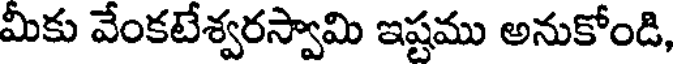
మీకు వేంకటేశ్వరస్వామి ఇష్టము అనుకోండి,